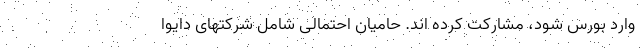
وارد بورس شود، مشارکت کرده اند. حامیان احتمالی شامل شرکتهای دایوا